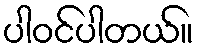
ပါဝင်ပါတယ်။